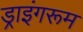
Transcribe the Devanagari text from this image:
ड्राइंगरूम